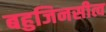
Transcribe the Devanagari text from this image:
बहुजिनसीत्व